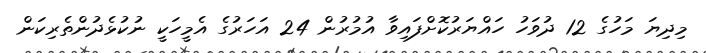
މިދިޔަ މަހުގެ 12 ދުވަހު ހައްޔަރުކޮށްފައިވާ އުމުރުން 24 އަހަރުގެ އެމީހަކީ ނުކުޅެދުންތެރިކަން